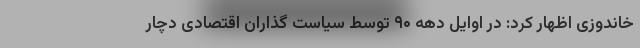
خاندوزی اظهار کرد: در اوایل دهه ۹۰ توسط سیاست گذاران اقتصادی دچار